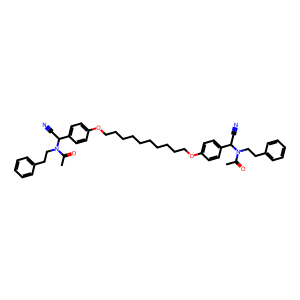
SMILES: CC(=O)N(CCc1ccccc1)C(C#N)c1ccc(OCCCCCCCCCCOc2ccc(C(C#N)N(CCc3ccccc3)C(C)=O)cc2)cc1
Inhibits HIV replication: No